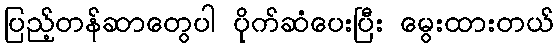
ပြည့်တန်ဆာတွေပါ ပိုက်ဆံပေးပြီး မွေးထားတယ်